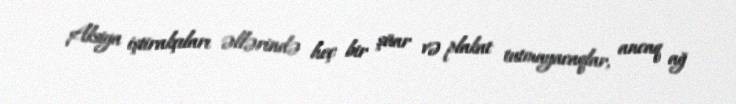
Aksiya iştirakçıları əllərində heç bir şüar və plakat tutmayacaqlar, ancaq ağ